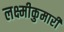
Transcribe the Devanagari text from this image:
लक्ष्मीकुमारी